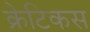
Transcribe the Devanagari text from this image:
क्रेटिकस